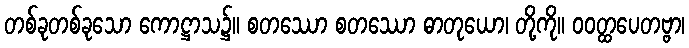
တစ်ခုတစ်ခုသော ကောဋ္ဌာသ၌။ စတဿော စတဿော ဓာတုယော၊ တို့ကို။ ဝဝတ္ထပေတဗ္ဗာ၊